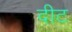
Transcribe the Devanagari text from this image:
दीट